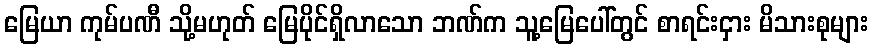
မြေယာ ကုမ်ပဏီ သို့မဟုတ် မြေပိုင်ရှိလာသော ဘဏ်က သူ့မြေပေါ်တွင် စာရင်းငှား မိသားစုများ